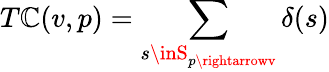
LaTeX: T\mathbb{C}(v,p)=\sum_{s\inS_{p\rightarrowv}}\delta(s)